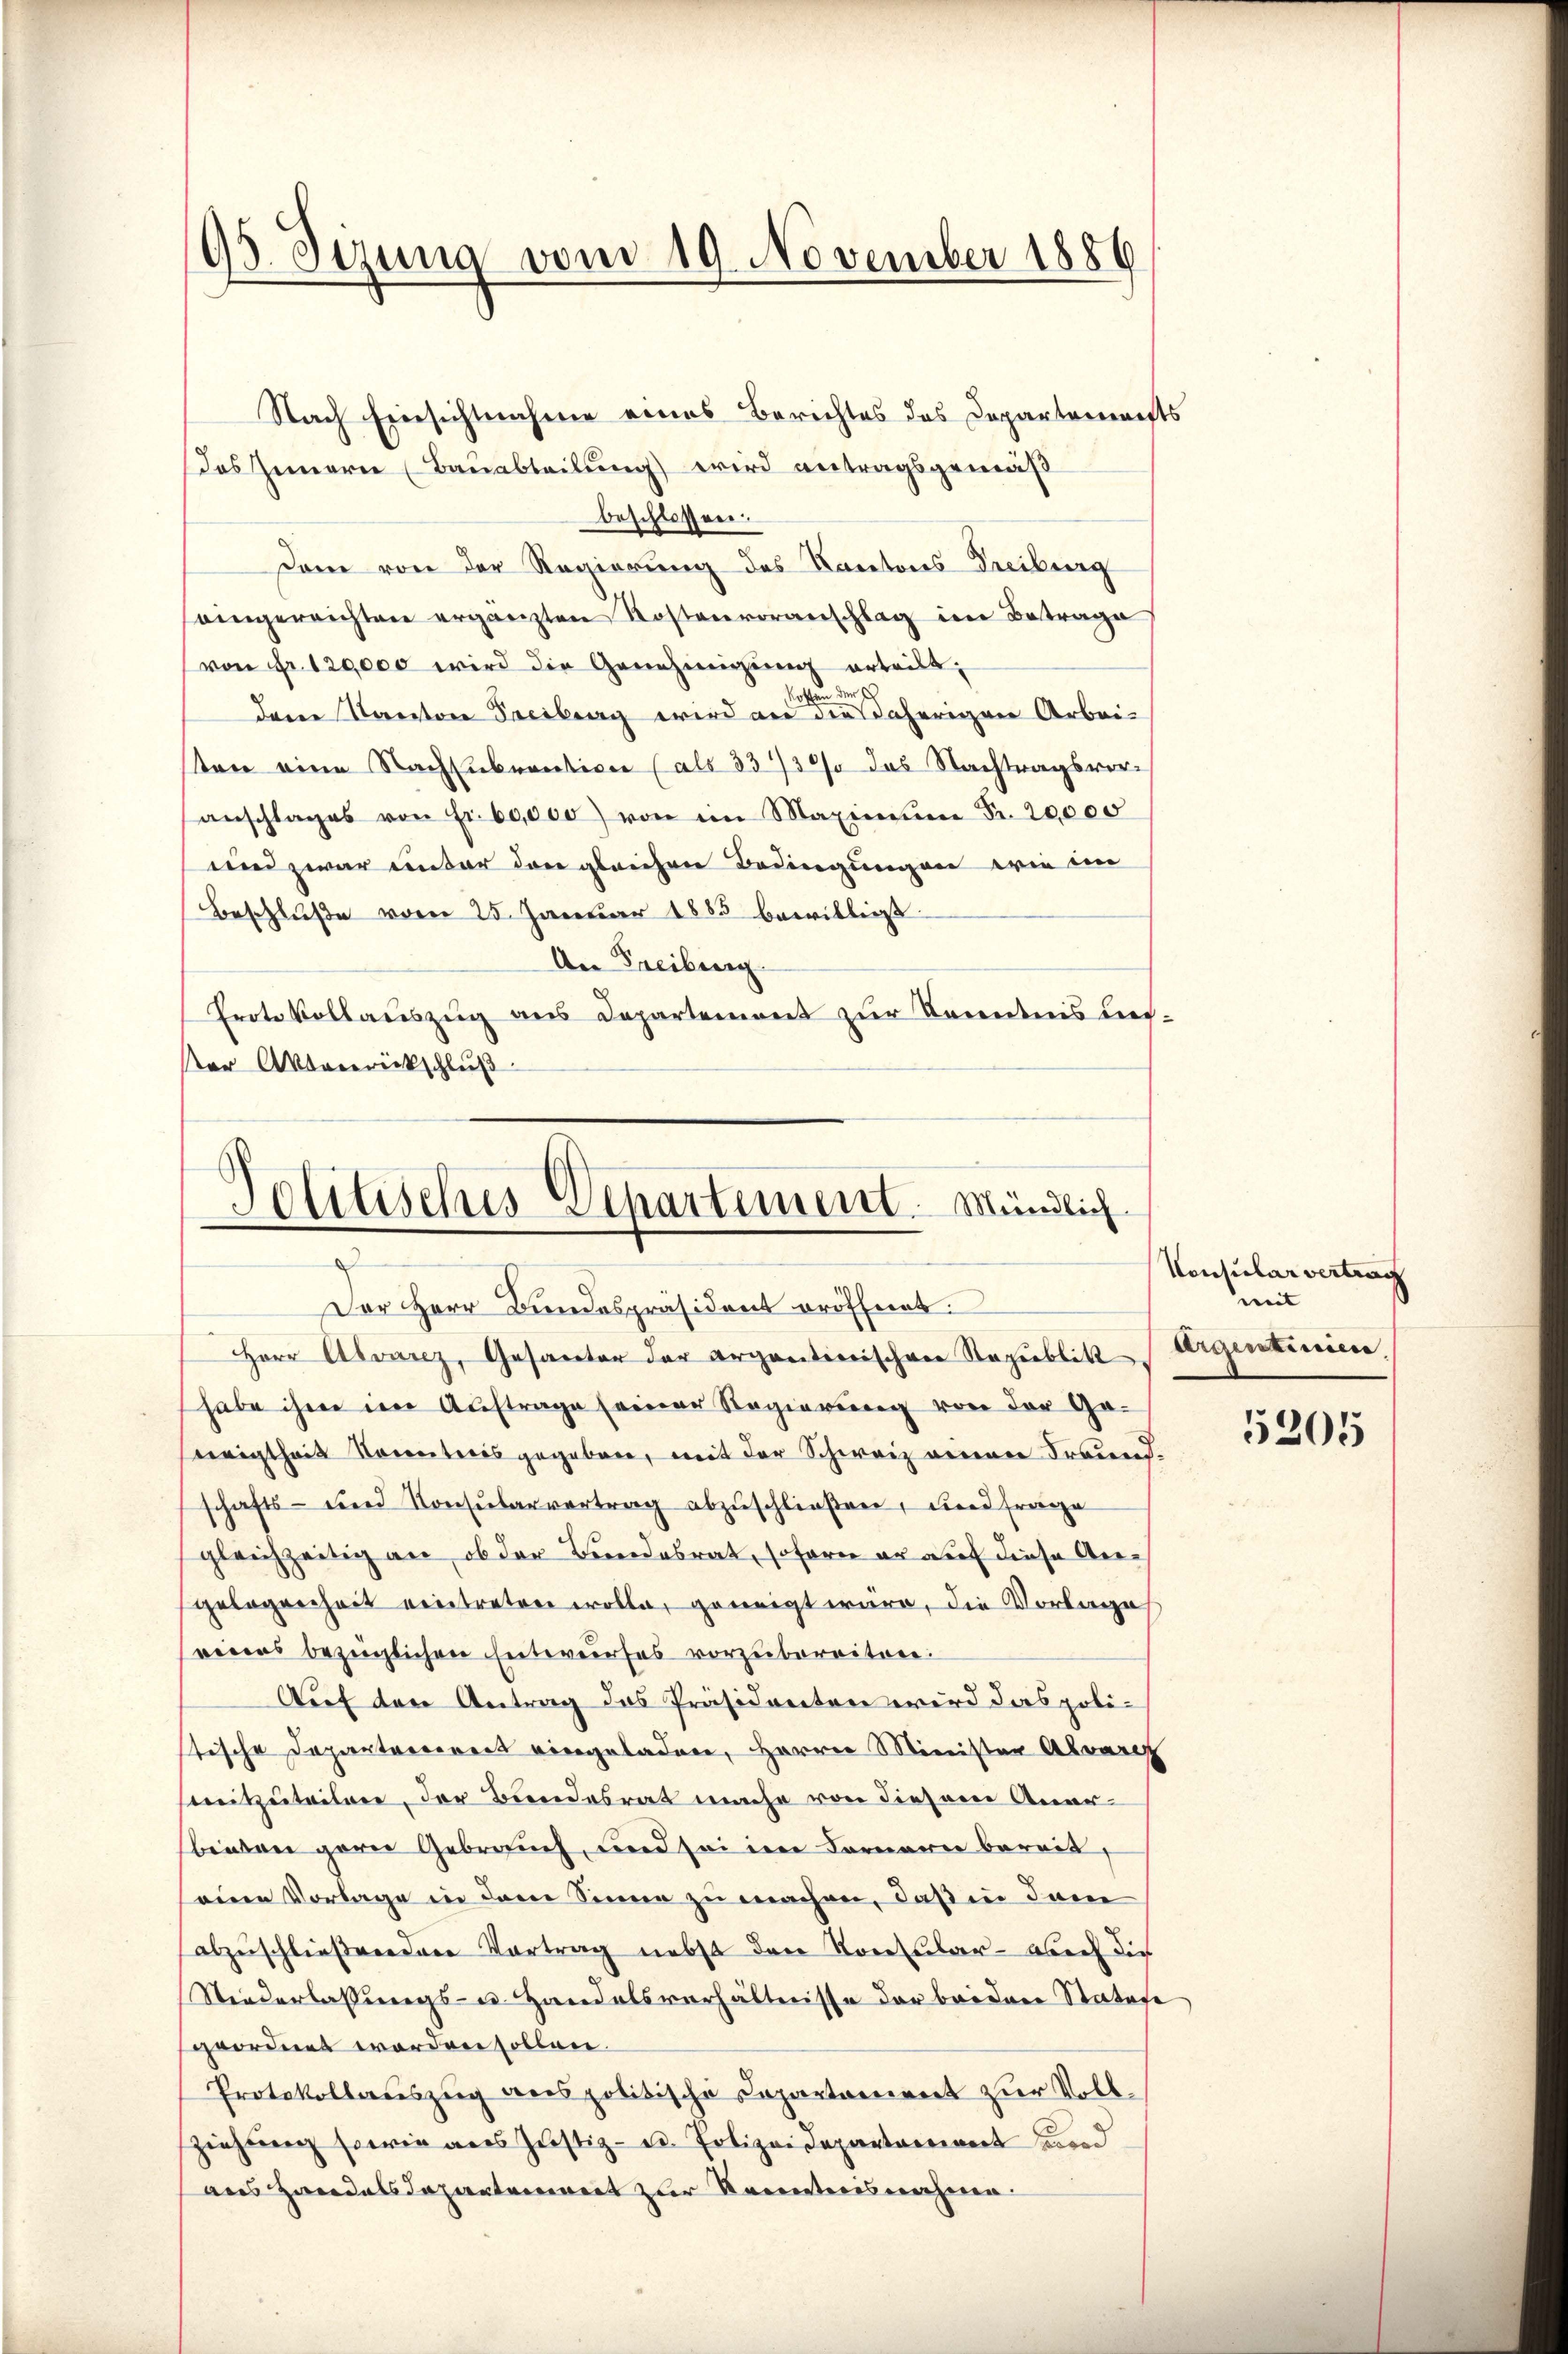
¬
43. Sizung vom 19. November 1889

Nach Einsichtnahme eines Berichtes des Departements
Das Innern (Bauabteilung) wird antragsgemäß
beschlossen:
dam von der Regierung des Kantons-Treiburg
eingereichten ergänzten Kostenvoranschlag im Betrage
von Fr. 129000 wird die Genehmigung erteilt,
dare Kanton Treiburg wird an die daherigen Arbeisten eine Nachsubvention (als 33730/ das Nachtragsvoranschlages von Fr. 60,000) von im Maximum Fr. 20,000
und zwar unter den gleichen Bedingungen wie in
Beschluße vom 25. Januar 1883 bewilligt.
An Freiburg
Prote Vollauszug aus Departement zur Kenntnis uner Aktenrückschlŭβ

Politisches Departement. Mündlich
z
Der Herr Bundespräsident eröffent:

Herr Alvarz, Gesanter der organtierischen Republik Argentinien.
habe ihme im Auftrage seiner Regierung von der Ge-
igtheit konntnis gegeben, mit der Schweiz einen Freundschafts- und Konsŭbarvertrag abzŭschließen, und frage
gleichzeitig an, ob der Bundesrat, soforn er auf diese Angelegenheit eintreten wolle, geneigt wäre, die Vorlage
eines bezüglichen Entwurfes vorzubereiten.
Auf den Antrag das Präsidenten wird das poli-
tische Departaeriret eingeladen, Herren Minister Abwar
mitzuteilen, der Bundesrat mache von diesem Anerbinden gern Gebrauch, und sei im Fornamen bereit,
eine Vorlage in dem Sinne zu machen, daß in dem
abzuschließendere Vortrag nebst den Konsular - aber die
Niederlassungs- u. Handelsverhältnisse der beiden Statose
geordnet worden sollen.
Protokollauszug aus politische Capartariiret zur Vollziehung sowie aus Justiz- u. Polizeidepartariret und
aus Zandelsdepartement zur Kenntnisnahme.

Consularvertrag
weit |

5205